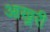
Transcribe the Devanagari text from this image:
आख़्ररी